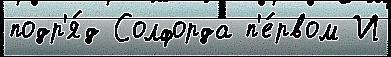
подр'я́д Солфорда п'е́рвом И